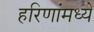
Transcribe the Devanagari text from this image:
हरिणांमध्ये